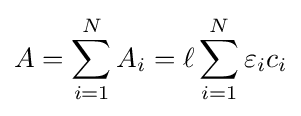
A=\sum _{i=1}^{N}A_{i}=\ell \sum _{i=1}^{N}\varepsilon _{i}c_{i}